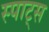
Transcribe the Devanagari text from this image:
स्पाट्स